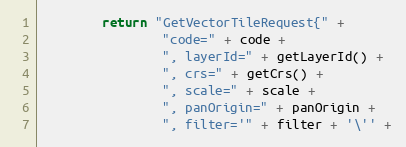
Language: Java
		return "GetVectorTileRequest{" +
				"code=" + code +
				", layerId=" + getLayerId() +
				", crs=" + getCrs() +
				", scale=" + scale +
				", panOrigin=" + panOrigin +
				", filter='" + filter + '\'' +